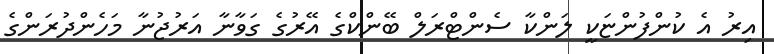
އިރު އެ ކުންފުންޏަކީ ލަންކާ ސެންޓްރަލް ބޭންކްގެ އޭރުގެ ގަވާނާ އަރުޖުނާ މަހެންދުރަންގެ